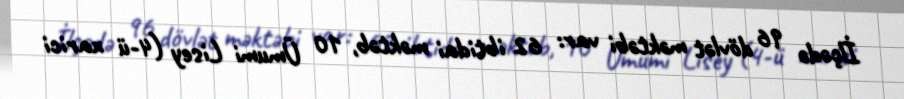
İlçədə 96 dövlət məktəbi var: 62 ibtidai məktəb, 10 Ümumi Lisey (4-ü xarici